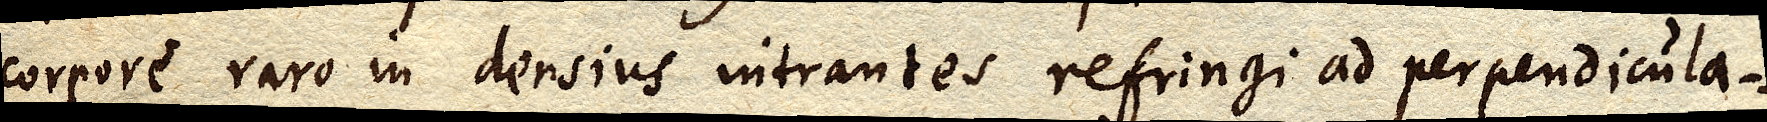
corpore raro in densius intrantes refringi ad perpendicula–